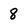
Character: 8